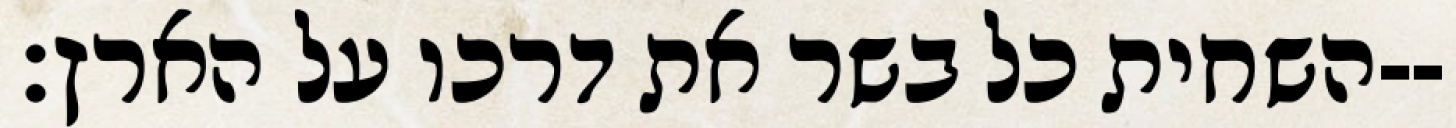
השחית כל בשר את דרכו על הארץ׃--